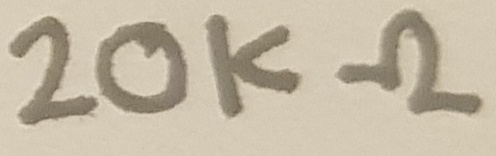
Text: 20KΩ